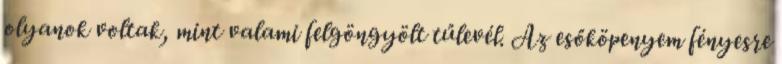
olyanok voltak, mint valami felgöngyölt tűlevél. Az esőköpenyem fényesre